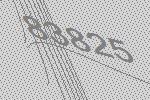
83825